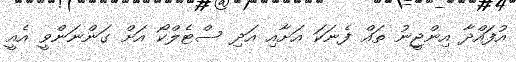
އުފައްދާ އިންޖީނު ތައް ފެނަކަ އަށާއި އަދި ސްޓެލްކޯ އަށް ގަންނަންވީ އެއީ